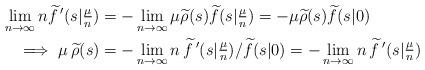
LaTeX: \begin{align*}\lim_{n\to\infty}n \widetilde f\,^\prime(s|\tfrac{\mu}{n}) &= -\lim_{n\to\infty} \mu\widetilde\rho(s)\widetilde f(s|\tfrac{\mu}{n}) = -\mu \widetilde\rho(s) \widetilde f(s|0) \\\implies\mu\,\widetilde\rho(s) &= -\lim_{n\to\infty}n\,\widetilde f\,^\prime(s|\tfrac{\mu}{n})/\widetilde f(s|0) = -\lim_{n\to\infty}n\,\widetilde f\,^\prime(s|\tfrac{\mu}{n}) \end{align*}